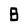
Character: 8